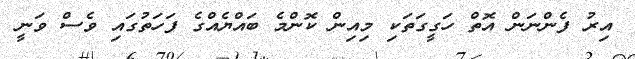
އިރު ފެންނަން އޮތް ހަގީގަތަކި މިއިން ކޮންމެ ބައްޔެއްގެ ފަހަތުގައި ވެސް ވަނީ